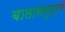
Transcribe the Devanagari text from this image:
बालासमुद्रमं